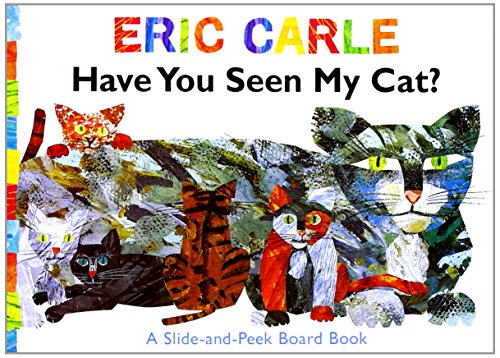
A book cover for Have You Seen My Cat?: A Slide-and-Peek Board Book (The World of Eric Carle); Eric Carle; Children's Books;